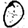
Digit: 0